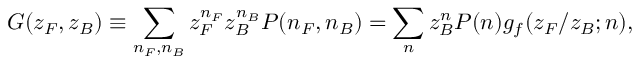
G ( z _ { F } , z _ { B } ) \equiv \sum _ { n _ { F } , n _ { B } } z _ { F } ^ { n _ { F } } z _ { B } ^ { n _ { B } } P ( n _ { F } , n _ { B } ) = \sum _ { n } z _ { B } ^ { n } P ( n ) g _ { f } ( z _ { F } / z _ { B } ; n ) ,